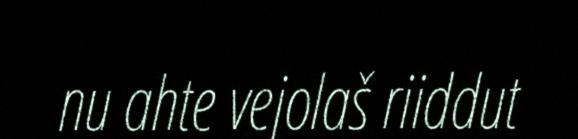
nu ahte vejolaš riiddut